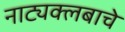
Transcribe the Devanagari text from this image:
नाट्यक्लबाचे